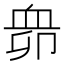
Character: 𧖱